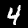
Digit: 4